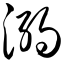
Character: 溺